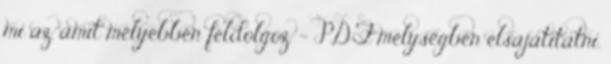
mi az, amit mélyebben feldolgoz. - PDF mélységben elsajátítatni.